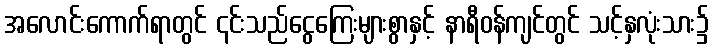
အလောင်းကောက်ရာတွင် ၎င်းသည်ငွေကြေးများစွာနှင့် နာရီဝန်ကျင်တွင် သင့်နှလုံးသား၌